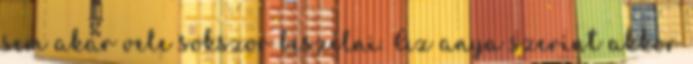
sem akar vele sokszor beszélni. Az anya szerint akkor